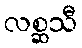
လစ္ဆသီ